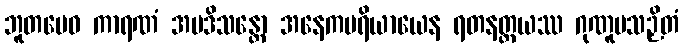
ဘူတမေဝ ကာရဏံ အပဒိသန္တော အနေကပရိယာယေန ရတနတ္တယဿ ဂုဏူပသဉှိတံ